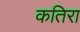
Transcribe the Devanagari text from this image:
कतिरा